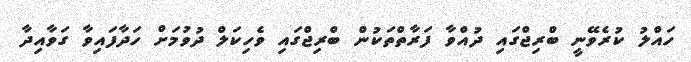
ހައްލު ކުރެވޭނީ ބްރިޖްގައި ދުއްވާ ފަރާތްތަކުން ބްރިޖްގައި ވެހިކަލް ދުވުމަށް ހަދާފައިވާ ގަވާއިދާ